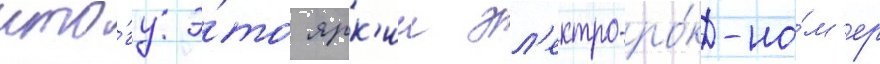
ито́гу э́то ярк'ии эл'ектро-ро́к-но́м'ер